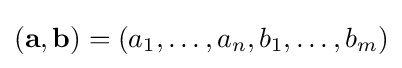
({\textbf {a}},{\textbf {b}})=(a_{1},\dots ,a_{n},b_{1},\dots ,b_{m})